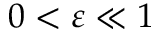
0 < \varepsilon \ll 1